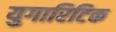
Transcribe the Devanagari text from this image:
युगारिटिक